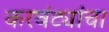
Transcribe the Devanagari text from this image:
करवंट्यांचा